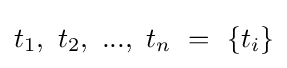
t_{1},{\text{ }}t_{2},{\text{ }}...,{\text{ }}t_{n}{\text{ }}={\text{ }}\{t_{i}\}